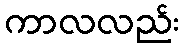
ကာလလည်း